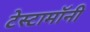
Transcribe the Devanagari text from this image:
टेस्टामॉनी